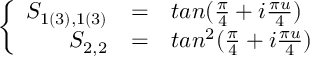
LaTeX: \left\{ \begin{array} { r c l } { { S _ { 1 ( 3 ) , 1 ( 3 ) } } } & { { = } } & { { t a n ( \frac { \pi } { 4 } + i \frac { \pi u } { 4 } ) } } \\ { { S _ { 2 , 2 } } } & { { = } } & { { t a n ^ { 2 } ( \frac { \pi } { 4 } + i \frac { \pi u } { 4 } ) \nonumber } } \end{array} \right.